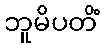
ဘူမိပတိံ